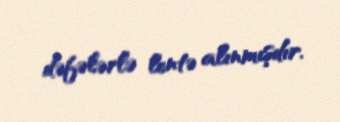
dəfələrlə lentə alınmışdır.